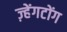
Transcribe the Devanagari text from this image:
ज़्हेंगटोंग